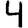
Digit: 4